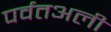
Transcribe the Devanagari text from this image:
पर्वतअली